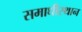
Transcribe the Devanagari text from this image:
समाधीस्थान